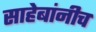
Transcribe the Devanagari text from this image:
साहेबांनीच